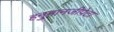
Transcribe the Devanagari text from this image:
हनु्मानजीपेटा